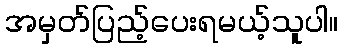
အမှတ်ပြည့်ပေးရမယ့်သူပါ။